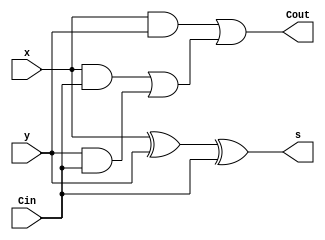
module fulladder(Cin, x, y, s, Cout);

//inputs
input Cin;
input x;
input y;

//outputs
output s;
output Cout;

//estados intermedios
wire w1; //x xor y
wire w2; //x and y
wire w3; //x and Cin
wire w4; //y and Cin
wire w5; //w3 or w4

//logica combinacional del modulo
xor(w1, x, y); 
xor(s, w1, Cin); //seteo de 'resultado de suma'

and(w2, x, y);
and(w3, x, Cin);
and(w4, y, Cin);
or(w5, w3, w4);
or(Cout, w2, w5);   //seteo de 'carry de salida'
endmodule